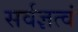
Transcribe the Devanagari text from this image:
सर्वज्ञत्वं